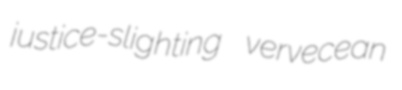
justice-slighting vervecean